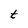
Character: t